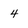
Character: 4